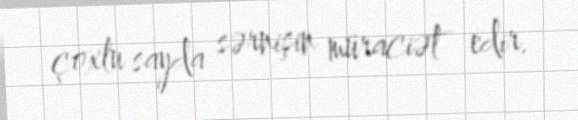
çoxlu sayda sərnişin müraciət edir.